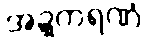
အဍ္ဍကရဏံ